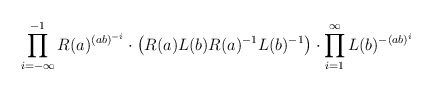
\begin{align*}\prod_{i=-\infty}^{-1} R(a)^{(ab)^{-i}} \cdot \left(R(a)L(b)R(a)^{-1}L(b)^{-1}\right) \cdot \prod_{i=1}^\infty L(b)^{-(ab)^i}\end{align*}